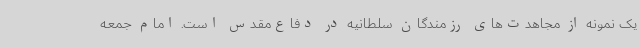
یک نمونه از مجاهدت‌های رزمندگان سلطانیه در دفاع‌مقدس است. امام جمعه